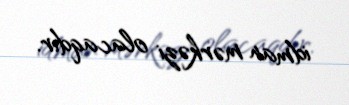
idman mərkəzi olacaqdır.